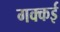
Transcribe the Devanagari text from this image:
गक्‍कई